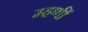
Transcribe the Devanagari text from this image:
म्हणीं